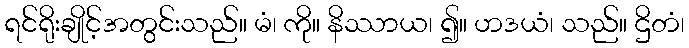
ရင်ရိုးချိုင့်အတွင်းသည်။ မံ၊ ကို။ နိဿာယ၊ ၍။ ဟဒယံ၊ သည်။ ဌိတံ၊